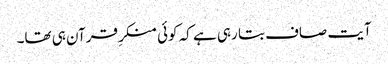
آیت صاف بتا رہی ہے کہ کوئی منکرِ قرآن ہی تھا۔